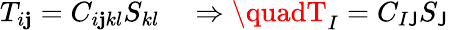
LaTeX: T_{i\mathbf{j}}=C_{i\mathbf{j}kl}S_{kl}\quad\Rightarrow\quadT_{I}=C_{I\mathsf{J}}S_{\mathsf{J}}